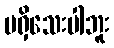
မရှိသေးပါဘူး